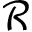
\mathcal { R }